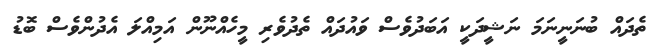
ތެދައް ބުނަނީނަމަ ނަޝީދަކީ އަބަދުވެސް ވައުދައް ތެދުވެރި މީހެއްނޫން އަމިއްލަ އެދުންވެސް ބޮޑު